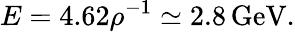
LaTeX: E=4.62\rho^{-1}\simeq 2.8\, \mathrm{GeV}.